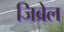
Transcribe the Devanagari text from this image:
जिब्रेल